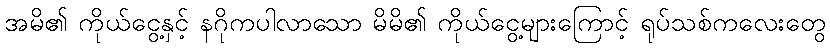
အမိ၏ ကိုယ်ငွေ့နှင့် နဂိုကပါလာသော မိမိ၏ ကိုယ်ငွေ့များကြောင့် ရုပ်သစ်ကလေးတွေ